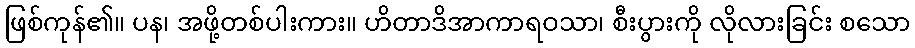
ဖြစ်ကုန်၏။ ပန၊ အဖို့တစ်ပါးကား။ ဟိတာဒိအာကာရဝသာ၊ စီးပွားကို လိုလားခြင်း စသော